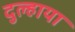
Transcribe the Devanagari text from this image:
दुल्हाया